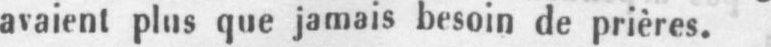
avaient plus que jamais besoin de prières.